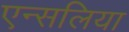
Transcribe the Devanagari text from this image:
एन्सलिया